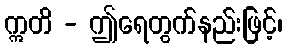
ဣတိ - ဤရေတွက်နည်းဖြင့်၊